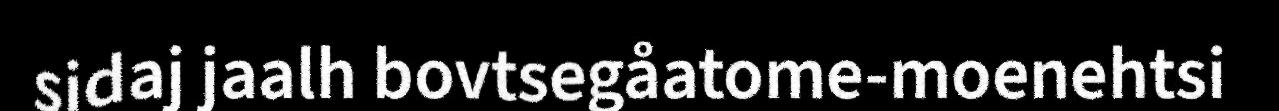
sidaj jaalh bovtsegåatome-moenehtsi